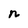
Character: n